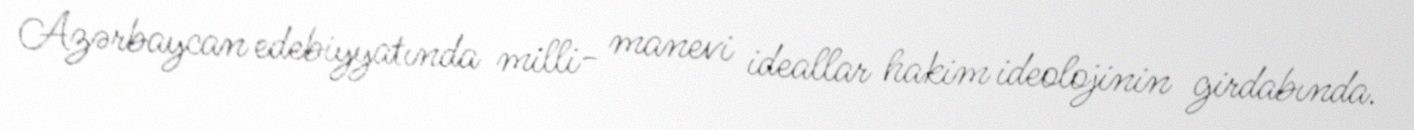
Azərbaycan edebiyyatında milli- manevi ideallar hakim ideolojinin girdabında.